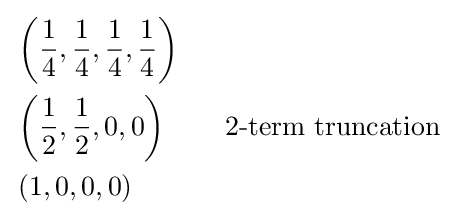
{\begin{aligned}&\left({\frac {1}{4}},{\frac {1}{4}},{\frac {1}{4}},{\frac {1}{4}}\right)\\&\left({\frac {1}{2}},{\frac {1}{2}},0,0\right)\qquad {\text{2-term truncation}}\\&\left(1,0,0,0\right)\end{aligned}}